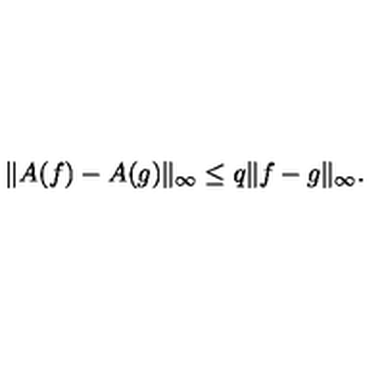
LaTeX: \Vert A ( f ) - A ( g ) \Vert _ { \infty } \leq q \Vert f - g \Vert _ { \infty } .